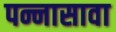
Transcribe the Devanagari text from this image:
पन्नासावा